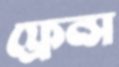
ফ্রেন্স